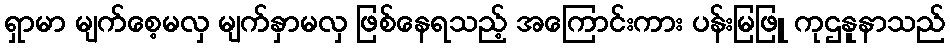
ရှာမာ မျက်စေ့မလှ မျက်နှာမလှ ဖြစ်နေရသည့် အကြောင်းကား ပန်းမြဖြူ ကုဌနူနာသည်